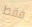
فقط